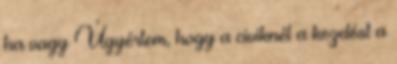
ha vagy Úgyértem, hogy a civiknél a kezdést a